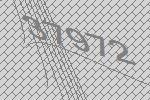
37972